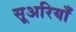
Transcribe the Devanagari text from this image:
सूअरियाँ